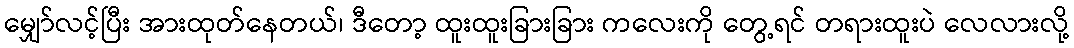
မျှော်လင့်ပြီး အားထုတ်နေတယ်၊ ဒီတော့ ထူးထူးခြားခြား ကလေးကို တွေ့ရင် တရားထူးပဲ လေလားလို့